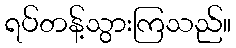
ရပ်တန့်သွားကြသည်။